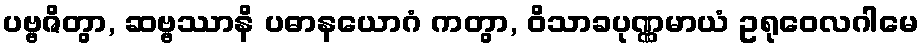
ပဗ္ဗဇိတွာ, ဆဗ္ဗဿာနိ ပဓာနယောဂံ ကတွာ, ဝိသာခပုဏ္ဏမာယံ ဥရုဝေလဂါမေ